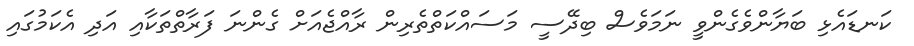
ކަނޑައެޅި ބަޔާންވެގެންވީ ނަމަވެސް ބިދޭސީ މަސައްކަތްތެރިން ރާއްޖެއަށް ގެންނަ ފަރާތްތަކާއި އަދި އެކަމުގައި